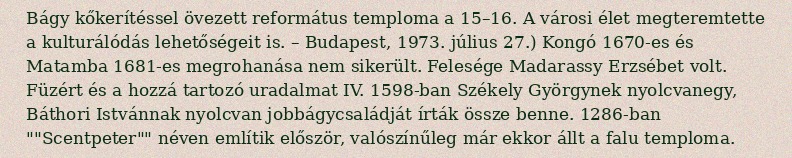
Bágy kőkerítéssel övezett református temploma a 15–16. A városi élet megteremtette a kulturálódás lehetőségeit is. – Budapest, 1973. július 27.) Kongó 1670-es és Matamba 1681-es megrohanása nem sikerült. Felesége Madarassy Erzsébet volt. Füzért és a hozzá tartozó uradalmat IV. 1598-ban Székely Györgynek nyolcvanegy, Báthori Istvánnak nyolcvan jobbágycsaládját írták össze benne. 1286-ban ""Scentpeter"" néven említik először, valószínűleg már ekkor állt a falu temploma.